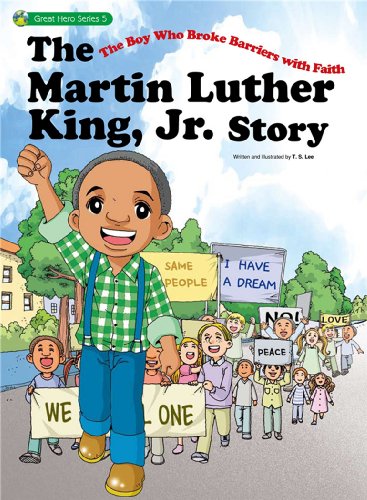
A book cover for The Martin Luther King, Jr. Story: The Boy Who Broke Barriers with Faith (Great Hero Series); T.S. Lee; Comics & Graphic Novels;